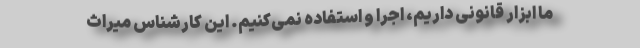
ما ابزار قانونی داریم، اجرا و استفاده نمی‌کنیم. این کارشناس میراث